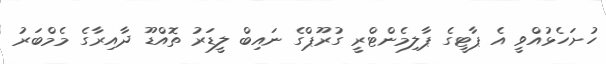
ހުށަހެޅުއްވީ އެ ޕާޓީގެ ޕާލިމެންޓްރީ ގުރޫޕްގެ ނައިބް ލީޑަރު ތޮއްޑޫ ދާއިރާގެ މެމްބަރު